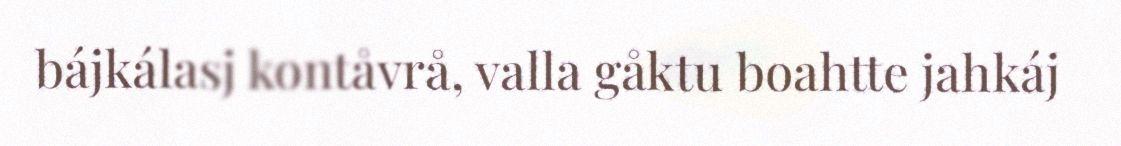
bájkálasj kontåvrå, valla gåktu boahtte jahkáj